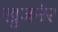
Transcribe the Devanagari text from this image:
खुजनेर